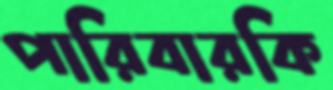
পারিবারকি